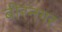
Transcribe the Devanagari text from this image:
बीरनगर